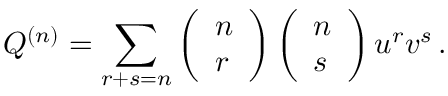
Q ^ { ( n ) } = \sum _ { r + s = n } \left( \begin{array} { l } { { n } } \\ { { r } } \end{array} \right) \left( \begin{array} { l } { { n } } \\ { { s } } \end{array} \right) u ^ { r } v ^ { s } \, .